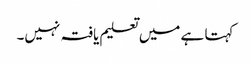
کہتا ہے میں تعلیم یافتہ نہیں۔